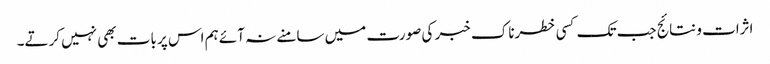
اثرات و نتائج جب تک کسی خطرناک خبر کی صورت میں سامنے نہ آئے ہم اس پر بات بھی نہیں کرتے۔